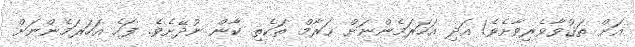
އަށް ތަޤުވާވެރިވާށެވެ! އަދި އަހަރަމެންނަށް ޙަރާމް ތަކެތި ކާން ނުދޭށެވެ. ފަހެ އަހަރަމެންނަށް